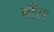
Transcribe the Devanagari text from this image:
बौंस